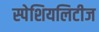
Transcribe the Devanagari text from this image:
स्पेशियलिटीज